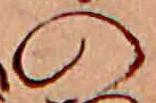
の